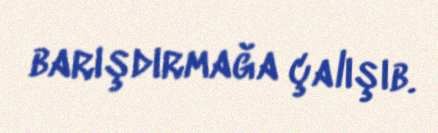
barışdırmağa çalışıb.